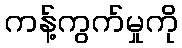
ကန့်ကွက်မှုကို